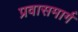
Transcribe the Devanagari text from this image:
प्रवासमार्ग